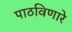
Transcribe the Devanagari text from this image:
पाठविणारे